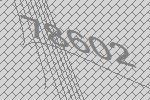
78602